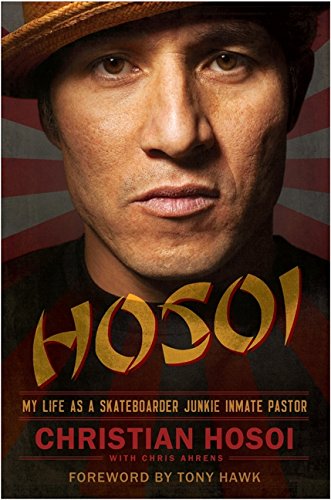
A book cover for Hosoi: My Life as a Skateboarder Junkie Inmate Pastor; Christian Hosoi; Sports & Outdoors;